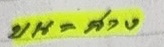
บน = ล่าง